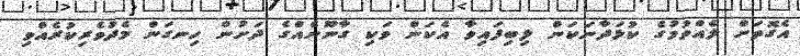
އެގޮތަށް ލެއްވުމުގެ ކުޅަދާނަކަން ލިބިފައިވާ އެކަން ވަކި ގާނޫނެއްގެ ދަށުން ހިނގަން މެދުވެރިކުރެއްވި